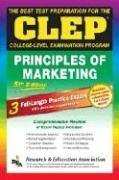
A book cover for CLEP Principles of Marketing, 5th Ed. (REA) -The Best Test Prep for the CLEP Exam (CLEP Test Preparation); James E. Finch; Test Preparation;